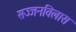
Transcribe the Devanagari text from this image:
सज्जनविलास